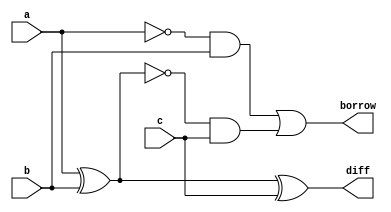
`timescale 1ns / 1ps
module fullsubtractor(borrow,diff,a,b,c);
output borrow,diff;
input a,b,c;
wire abar,w1bar,w1,w2,w3;
xor d1(diff,w1,c);
xor d2(w1,a,b);
not d3(abar,a);
not d4(w1bar,w1);
and d5(w2,abar,b);
and d6(w3,w1bar,c);
or d7(borrow,w2,w3);
endmodule